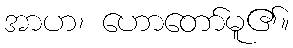
အာဟ၊ ဟောတော်မူ၏။